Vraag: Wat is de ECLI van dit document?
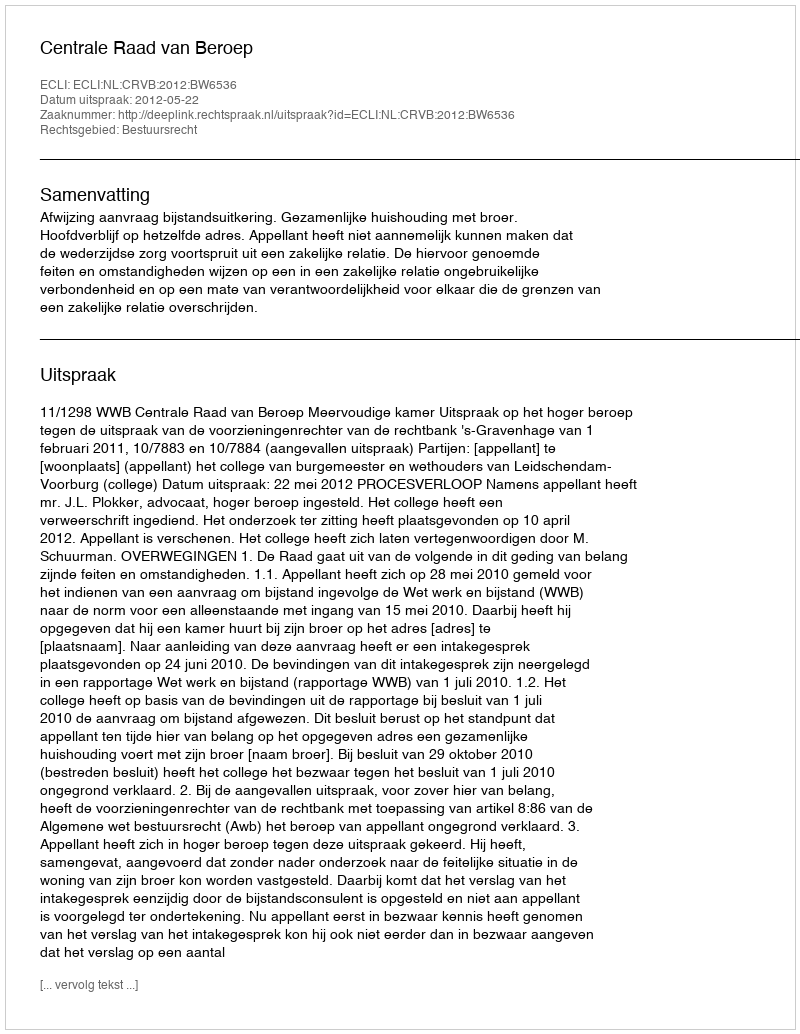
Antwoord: ECLI:NL:CRVB:2012:BW6536